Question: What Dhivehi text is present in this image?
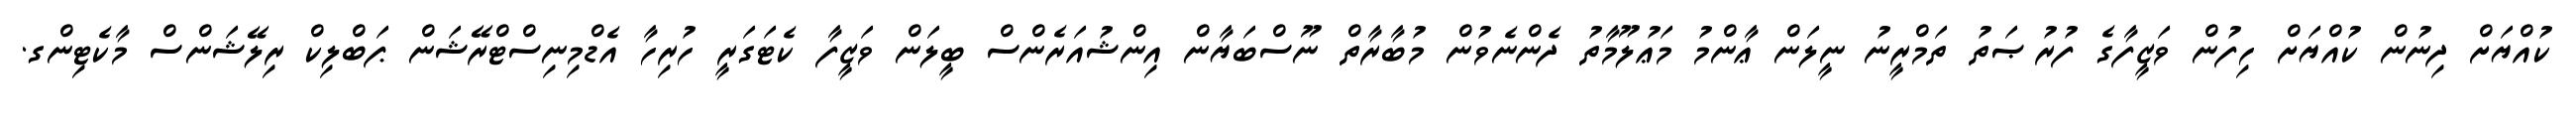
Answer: ކުއްޔަށް ދިނުން ކުއްޔަށް ހިފުން ވަޒީފާގެ ފުރުޞަތު ތަމްރީނު ނީލަން ޢާންމު މަޢުލޫމާތު ދެންނެވުން މުބާރާތް ނޫސްބަޔާން އިންޝުއަރެންސް ބީލަން ވަޒީފާ ކެޓަގަރީ ހުރިހާ އެޑްމިނިސްޓްރޭޝަން ޕަބްލިކް ރިލޭޝަންސް މާކެޓިންގ.